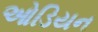
ઓડિયન